Annual report on the health of the army in India
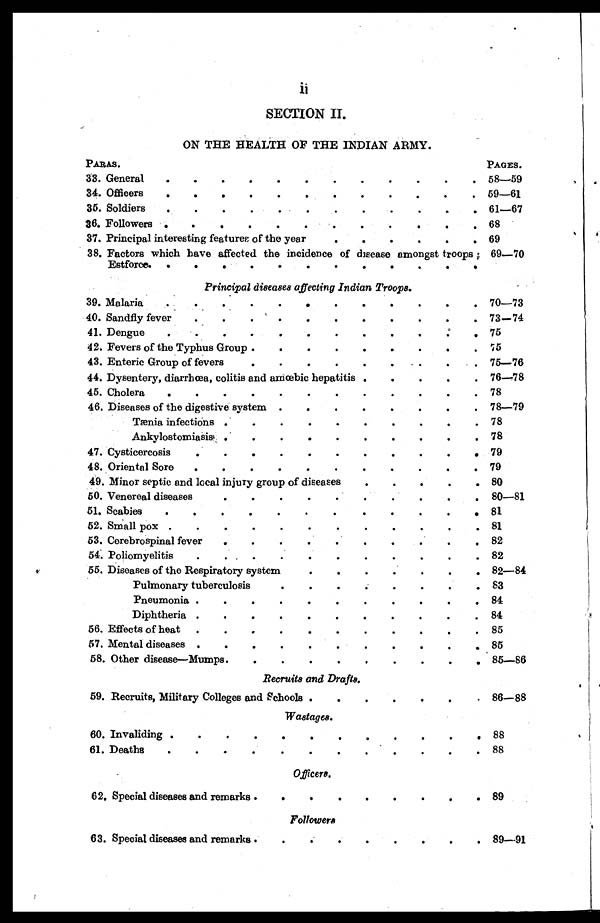
SECTION II.
ON THE HEALTH OF THE INDIAN ARMY.
PARAS.
PAGES.
33. General
.
.
.
.
.
.
.
.
.
.
.
. 58—59
34. Officers
.
.
.
.
.
.
.
.
.
.
.
. 59—61
35. Soldiers
61—67
36. Followers .
•
•
.
.
.•
•
.
68
37. Principal interesting features of the year
. . . . . .
69
38. Factors which have affected the incidence of disease amongst troops
Estforce. .
.
.
.
•
•
•
•
•
.
.
.
69—70
Principal diseases affecting Indian Troops.
39. Malaria
.
•
.
.
.
.
.
.
.
.
.
70—73
40. Sandfly fever
. .
.
'
.
.
.
.
.
.
.
.
73—74
41. Dengue
.
.
75
42. Fevers of the Typhus Group .
.
•
•
.
•
•
•
.
75
43. Enteric Group of fevers
.
.
.
.
.
.
.
. 75—76
44. Dysentery, diarrhœa, colitis and amœbic hepatitis .
.
.
.
. 76—78
45. Cholera
.
.
.
.
•
•
•
•
.
•
•
•
78
46. Diseases of the digestive system .
.
.
.
.
. •
.
78—79
Tænia infections .
.
.
. • . . . . . 78
Ankylostomiasiss ..
.
.
•
•
•
•
•
•
•
78
47. Cysticercosis
.
. . . . . . . • . , 79
48. Oriental Sore
.
.
.
.
.
.
.
.
.
.
. 79
49. Minor septic and local injury group of diseases
.
.
.
.
. 80
50. Venereal diseases
•
•
•
•
•
.
•
•
•
•
80—81
51. Scabies
. . . . . . . . . . . . 81
52. Small pox .
.
.
.
.
.
.
.
.
.
.
. 81
53. Cerebrospinal fever
.
.
.
.
.
.
.
.
•
82
54. Poliomyelitis
•
.
. • • • • • . • • •
82
55. Diseases of the Respiratory system
.
.
.
.
. . . 82—84
Pulmonary tuberculosis
•
•
•
•
•
•
•
•
83
Pneumonia .
.
.
.
.
.
. . . . . 84
Diphtheria .
.
.
.
.
.
.
.
.
.
. 84
56. Effects of heat
.
.
.
.
.
.
.
.
.
•
.
85
57. Mental diseases .
.
. . . . . . . . . 85
58. Other disease—Mumps.
.
.
.
•
.
.
.
.
.
85—86
Recruits and Drafts.
59. Recruits, Military Colleges and Schools .
.
.
.
•
.
•
86—88
Wastages.
60. Invaliding .
.
.
.
•
.
•
.
•
•
.
.
88
61. Deaths
.
.
.
. . . . . . . . . 88
Officers.
62. Special diseases and remarks .
.
.
.
.
.
.
.
. 89
Followers
63. Special diseases and remarks ..
.
. 89—91